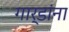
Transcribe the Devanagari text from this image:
गार्डांना